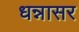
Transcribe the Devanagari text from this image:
धन्नासर